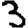
Digit: 3